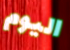
اليوم